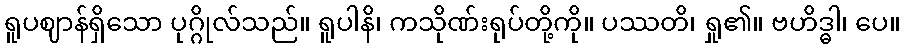
ရူပဈာန်ရှိသော ပုဂ္ဂိုလ်သည်။ ရူပါနိ၊ ကသိုဏ်းရုပ်တို့ကို။ ပဿတိ၊ ရှု၏။ ဗဟိဒ္ဓါ၊ ပေ။